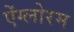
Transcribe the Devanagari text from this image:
ऐंग्लोरम